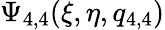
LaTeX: \Psi_{4,4}(\xi,\eta,q_{4,4})